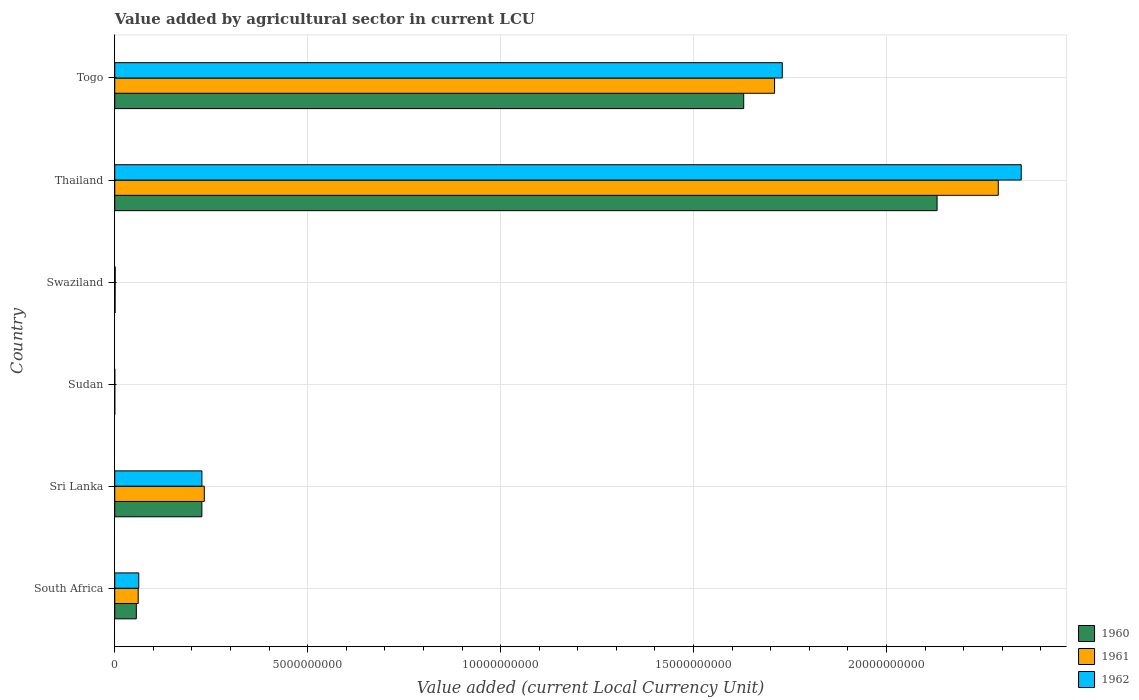
| Country | 1960 | 1961 | 1962 |
 | --- | --- | --- | --- |
 | South Africa | 5.59e+08 | 6.08e+08 | 6.22e+08 |
 | Sri Lanka | 2.26e+09 | 2.32e+09 | 2.26e+09 |
 | Sudan | 2.02e+05 | 2.19e+05 | 2.31e+05 |
 | Swaziland | 7.9e+06 | 9.3e+06 | 1.14e+07 |
 | Thailand | 2.13e+10 | 2.29e+10 | 2.35e+10 |
 | Togo | 1.63e+10 | 1.71e+10 | 1.73e+10 |